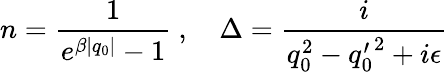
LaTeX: n=\frac{1}{e^{\beta|q_{0}|}-1}~,~~~~{\Delta}=\frac{i}{q_{0}^{2}-{q_{0}^{\prime}}^{2}+i\epsilon}